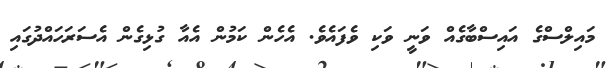
މައިލްސްގެ އައިސްބާގެއް ވަނީ ވަކި ވެފައެވެ. އެހެން ކަމުން އެއާ ގުޅިގެން އެސަރަހައްދުގައި